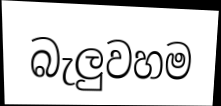
බැලුවහම